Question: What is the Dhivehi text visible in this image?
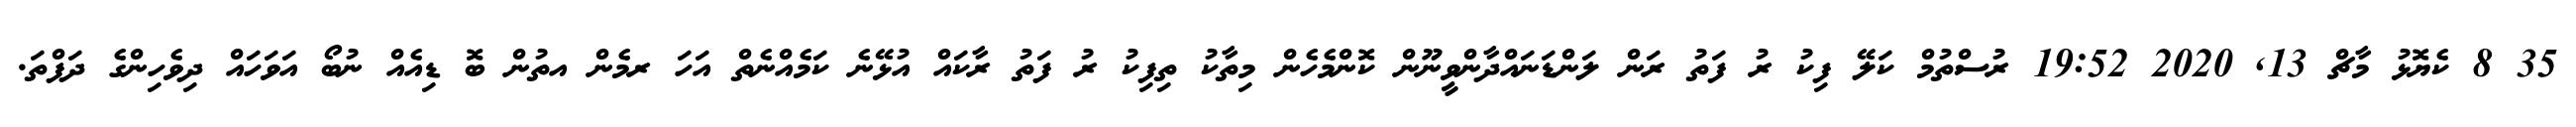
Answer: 35 8 ކެޔޮޅު މާޗް 13, 2020 19:52 ރުސްތުމް ކަލޭ ފިކު ރު ފަތު ރަން ލަންޑަނައްދާންވީނޫން ކޮންމެހެން މިތާކު ތިފިކު ރު ފަތު ރާކައް އުޅޭނެ ކަމެއްނެތް އަހަ ރމެން އތުން ބޮ ޑިއެއް ނުބޯ އަވަހައް ދިވެހިންގެ ދަފްތަ.